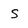
Character: s